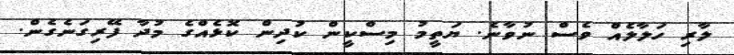
ލާރި ހަލާލެއް ވެސް ނުވާނެ. ޔަތީމު މިސްކީން ކުދިން ކޮޅެއްގެ މުދާ ފޭރިގަނެގެން.